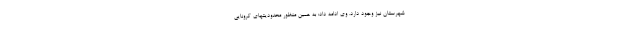
شهرستان نیز وجود دارد. وی ادامه داد: به همین منظور محدودیتهای کرونایی